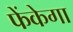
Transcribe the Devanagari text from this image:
फेंकेगा